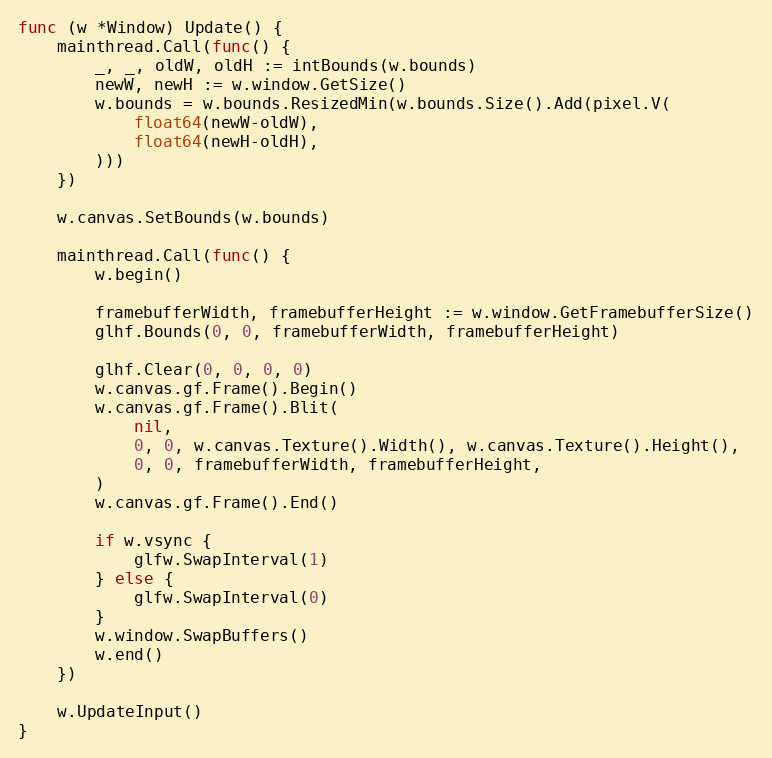
Language: Go
func (w *Window) Update() {
	mainthread.Call(func() {
		_, _, oldW, oldH := intBounds(w.bounds)
		newW, newH := w.window.GetSize()
		w.bounds = w.bounds.ResizedMin(w.bounds.Size().Add(pixel.V(
			float64(newW-oldW),
			float64(newH-oldH),
		)))
	})

	w.canvas.SetBounds(w.bounds)

	mainthread.Call(func() {
		w.begin()

		framebufferWidth, framebufferHeight := w.window.GetFramebufferSize()
		glhf.Bounds(0, 0, framebufferWidth, framebufferHeight)

		glhf.Clear(0, 0, 0, 0)
		w.canvas.gf.Frame().Begin()
		w.canvas.gf.Frame().Blit(
			nil,
			0, 0, w.canvas.Texture().Width(), w.canvas.Texture().Height(),
			0, 0, framebufferWidth, framebufferHeight,
		)
		w.canvas.gf.Frame().End()

		if w.vsync {
			glfw.SwapInterval(1)
		} else {
			glfw.SwapInterval(0)
		}
		w.window.SwapBuffers()
		w.end()
	})

	w.UpdateInput()
}